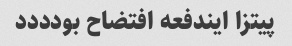
پیتزا ایندفعه افتضاح بودددد